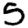
Digit: 5